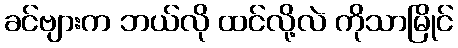
ခင်ဗျားက ဘယ်လို ထင်လို့လဲ ကိုသာမြိုင်